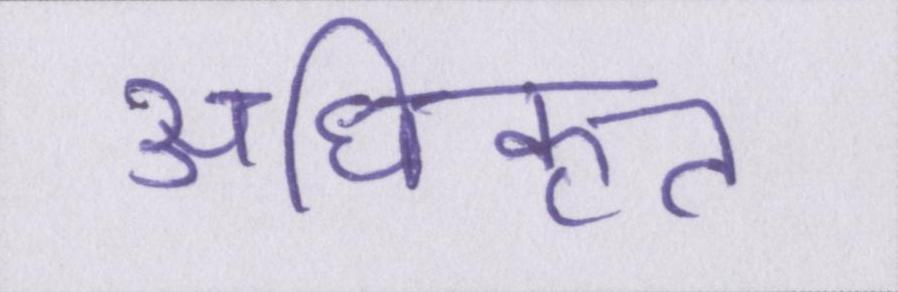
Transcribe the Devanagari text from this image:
अधिकृत